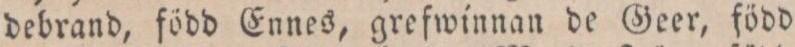
debrand, född Ennes, grefwinnan de Geer, född